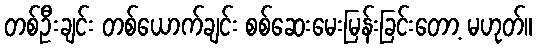
တစ်ဦးချင်း တစ်ယောက်ချင်း စစ်ဆေးမေးမြန်းခြင်းတော့ မဟုတ်။